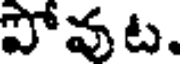
పోవట.